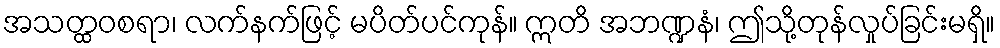
အသတ္ထဝစရာ၊ လက်နက်ဖြင့် မပိတ်ပင်ကုန်။ ဣတိ အဘဏ္ဍနံ၊ ဤသို့တုန်လှုပ်ခြင်းမရှိ။